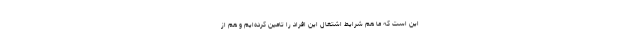
این است که ما هم شرایط اشتغال این افراد را تامین کرده‌ایم و هم از